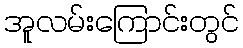
အူလမ်းကြောင်းတွင်